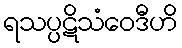
ရသပ္ပဋိသံဝေဒီဟိ